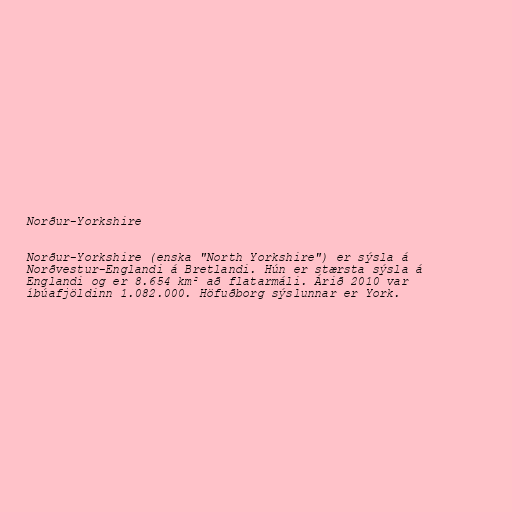
Norður-Yorkshire

Norður-Yorkshire (enska "North Yorkshire") er sýsla á
Norðvestur-Englandi á Bretlandi. Hún er stærsta sýsla á
Englandi og er 8.654 km² að flatarmáli. Árið 2010 var
íbúafjöldinn 1.082.000. Höfuðborg sýslunnar er York.